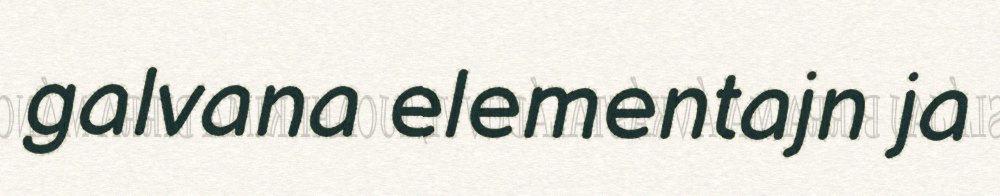
galvana elementajn ja